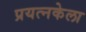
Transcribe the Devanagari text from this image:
प्रयत्नकेला